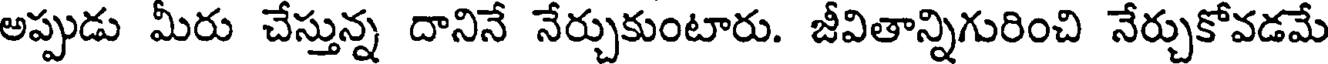
అప్పుడు మీరు చేస్తున్న దానినే నేర్చుకుంటారు. జీవితాన్నిగురించి నేర్చుకోవడమే